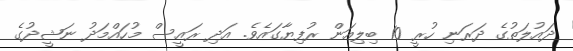
ދައުލަތުގެ ދަރަނި ހުރީ 10 ބިލިއަން ރުފިޔާގައެވެ. އަދި ރައީސް މުހައްމަދު ނަޝީދުގެ